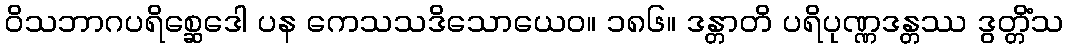
ဝိသဘာဂပရိစ္ဆေဒေါ ပန ကေသသဒိသောယေဝ။ ၁၈၆။ ဒန္တာတိ ပရိပုဏ္ဏဒန္တဿ ဒွတ္တိံသ